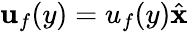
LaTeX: \mathbf{u}_{f}(y)=u_{f}(y)\hat{\mathbf{x}}